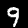
Digit: 9